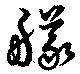
艤